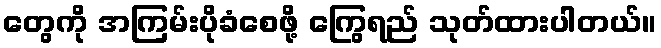
တွေကို အကြမ်းပိုခံစေဖို့ ကြွေရည် သုတ်ထားပါတယ်။